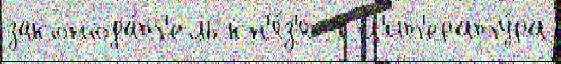
законода́т'ель кн'я́з'я 1 л'ит'ерату́ра